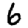
Digit: 6